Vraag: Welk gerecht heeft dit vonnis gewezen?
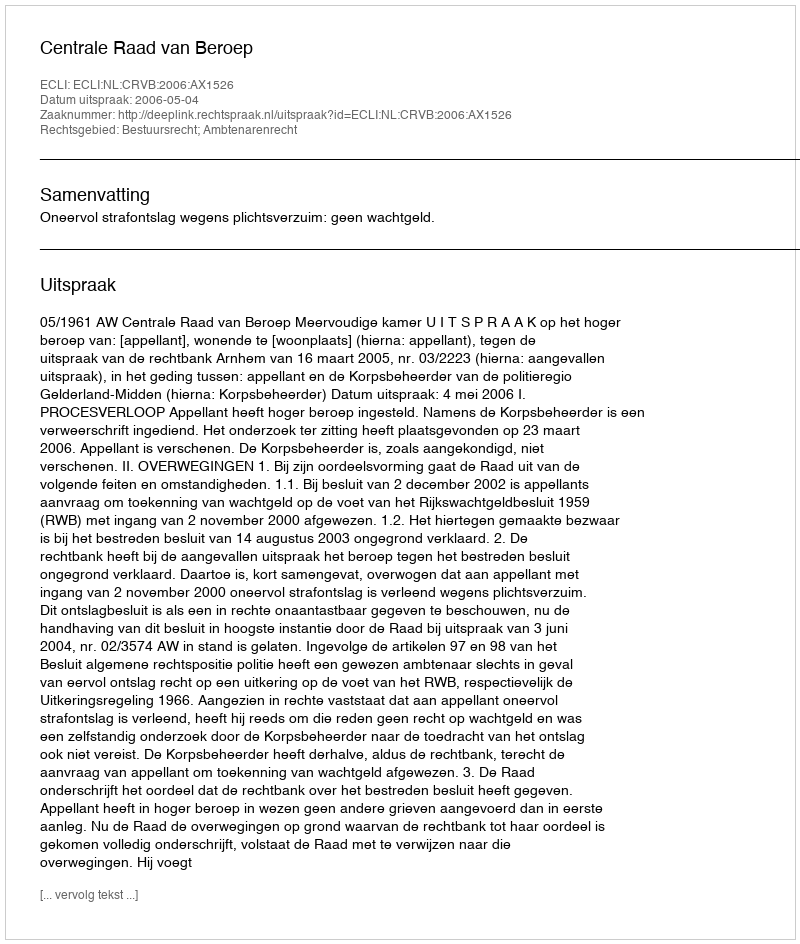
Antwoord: Centrale Raad van Beroep